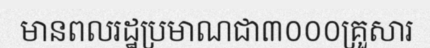
មានពលរដ្ឋប្រមាណជា៣០០០គ្រួសារ